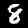
Label: 8